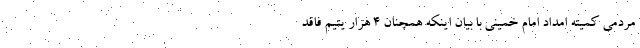
مردمی کمیته امداد امام خمینی با بیان اینکه همچنان ۴ هزار یتیم فاقد